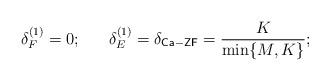
LaTeX: \begin{align*}\delta_F^{(1)} = 0;~~~~~\delta_E^{(1)} =\delta_{\mathsf{Ca-ZF}} = \frac{K}{\min\{M,K\}};\end{align*}